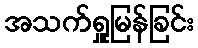
အသက်ရှူမြန်ခြင်း